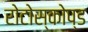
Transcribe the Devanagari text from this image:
रोटोस्कोप्ड